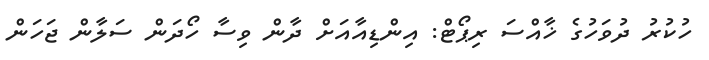
ހުކުރު ދުވަހުގެ ޚާއްސަ ރިޕޯޓް: އިންޑިއާއަށް ދާން ވިސާ ހޯދަން ސަލާން ޖަހަން